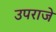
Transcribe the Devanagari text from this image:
उपराजे